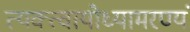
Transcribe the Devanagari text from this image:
त्यक्त्वायोध्यामरण्यं